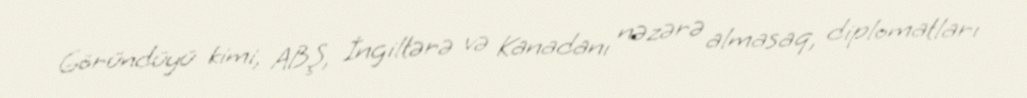
Göründüyü kimi, ABŞ, İngiltərə və Kanadanı nəzərə almasaq, diplomatları